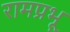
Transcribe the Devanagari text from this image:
रामप्रभू